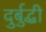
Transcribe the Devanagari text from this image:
दुर्बुद्धी